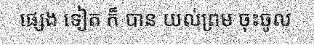
ផ្សេង ទៀត ក៏ បាន យល់ព្រម ចុះចូល